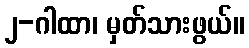
၂-ဂါထာ၊ မှတ်သားဖွယ်။